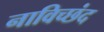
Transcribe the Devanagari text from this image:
नाविच्छंद